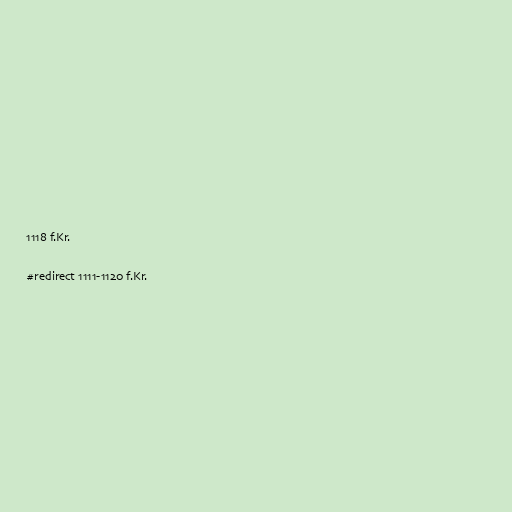
1118 f.Kr.

#redirect 1111-1120 f.Kr.